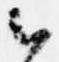
云